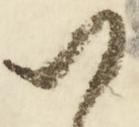
ハ